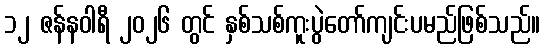
၁၂ ဇန်နဝါရီ ၂၀၂၆ တွင် နှစ်သစ်ကူးပွဲတော်ကျင်းပမည်ဖြစ်သည်။